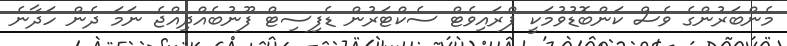
މެންބަރުންގެ ވެސް ކަންބޮޑުވުމަކީ ޕްރައިވެޓް ސެކްޓަރުން ޑެފިސިޓް ފޫނުބެއްދިއްޖެ ނަމަ ދެން ހަދާނެ